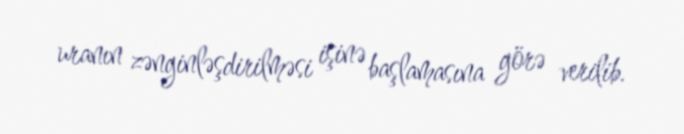
uranın zənginləşdirilməsi işinə başlamasına görə verilib.